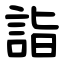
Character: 詣